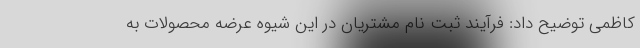
کاظمی توضیح داد: فرآیند ثبت نام مشتریان در این شیوه عرضه محصولات به